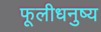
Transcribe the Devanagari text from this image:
फूलीधनुष्य